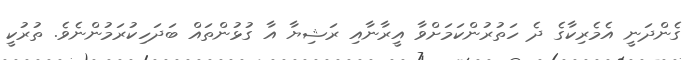
ގެންދަނީ އެމެރިކާގެ ދެ ހަތުރުންކަމަށްވާ އީރާނާއި ރަޝިޔާ އާ ގުޅުންތައް ބަދަހިކުރަމުންނެވެ. ތުރުކީ